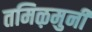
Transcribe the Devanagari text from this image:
तमिऴमुनी